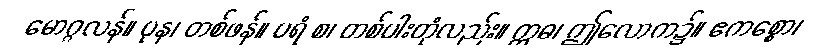
မောဂ္ဂလန်။ ပုန၊ တစ်ဖန်။ ပရံ စ၊ တစ်ပါးတုံလည်း။ ဣဓ၊ ဤလောက၌။ ဧကစ္စော၊